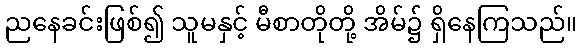
ညနေခင်းဖြစ်၍ သူမနှင့် မီစာတိုတို့ အိမ်၌ ရှိနေကြသည်။